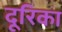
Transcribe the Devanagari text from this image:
दूरिका